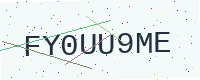
Text: FY0UU9ME